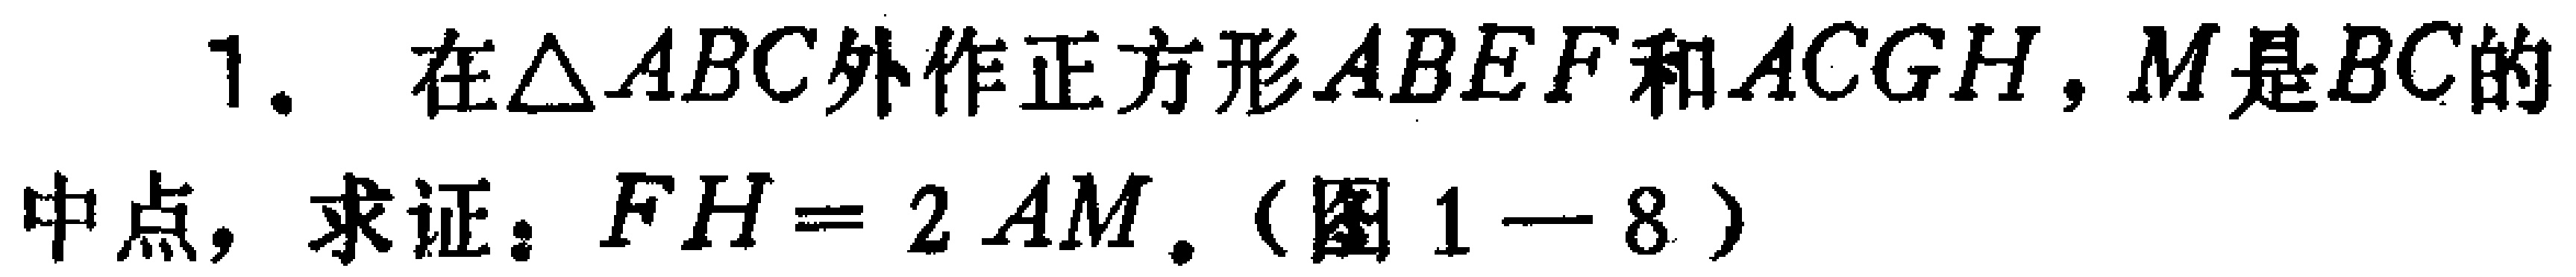
1. 在$\triangle ABC$外作正方形$ABEF$和$ACGH$，$M$是$BC$的中点，求证：$FH = 2AM$.（图1—8）